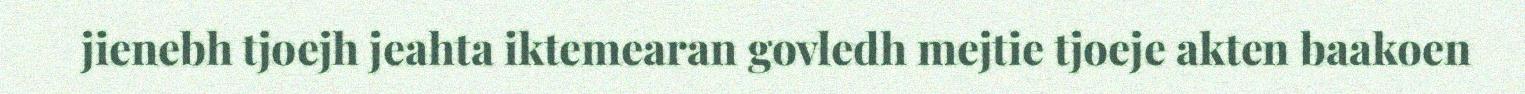
jienebh tjoejh jeahta iktemearan govledh mejtie tjoeje akten baakoen